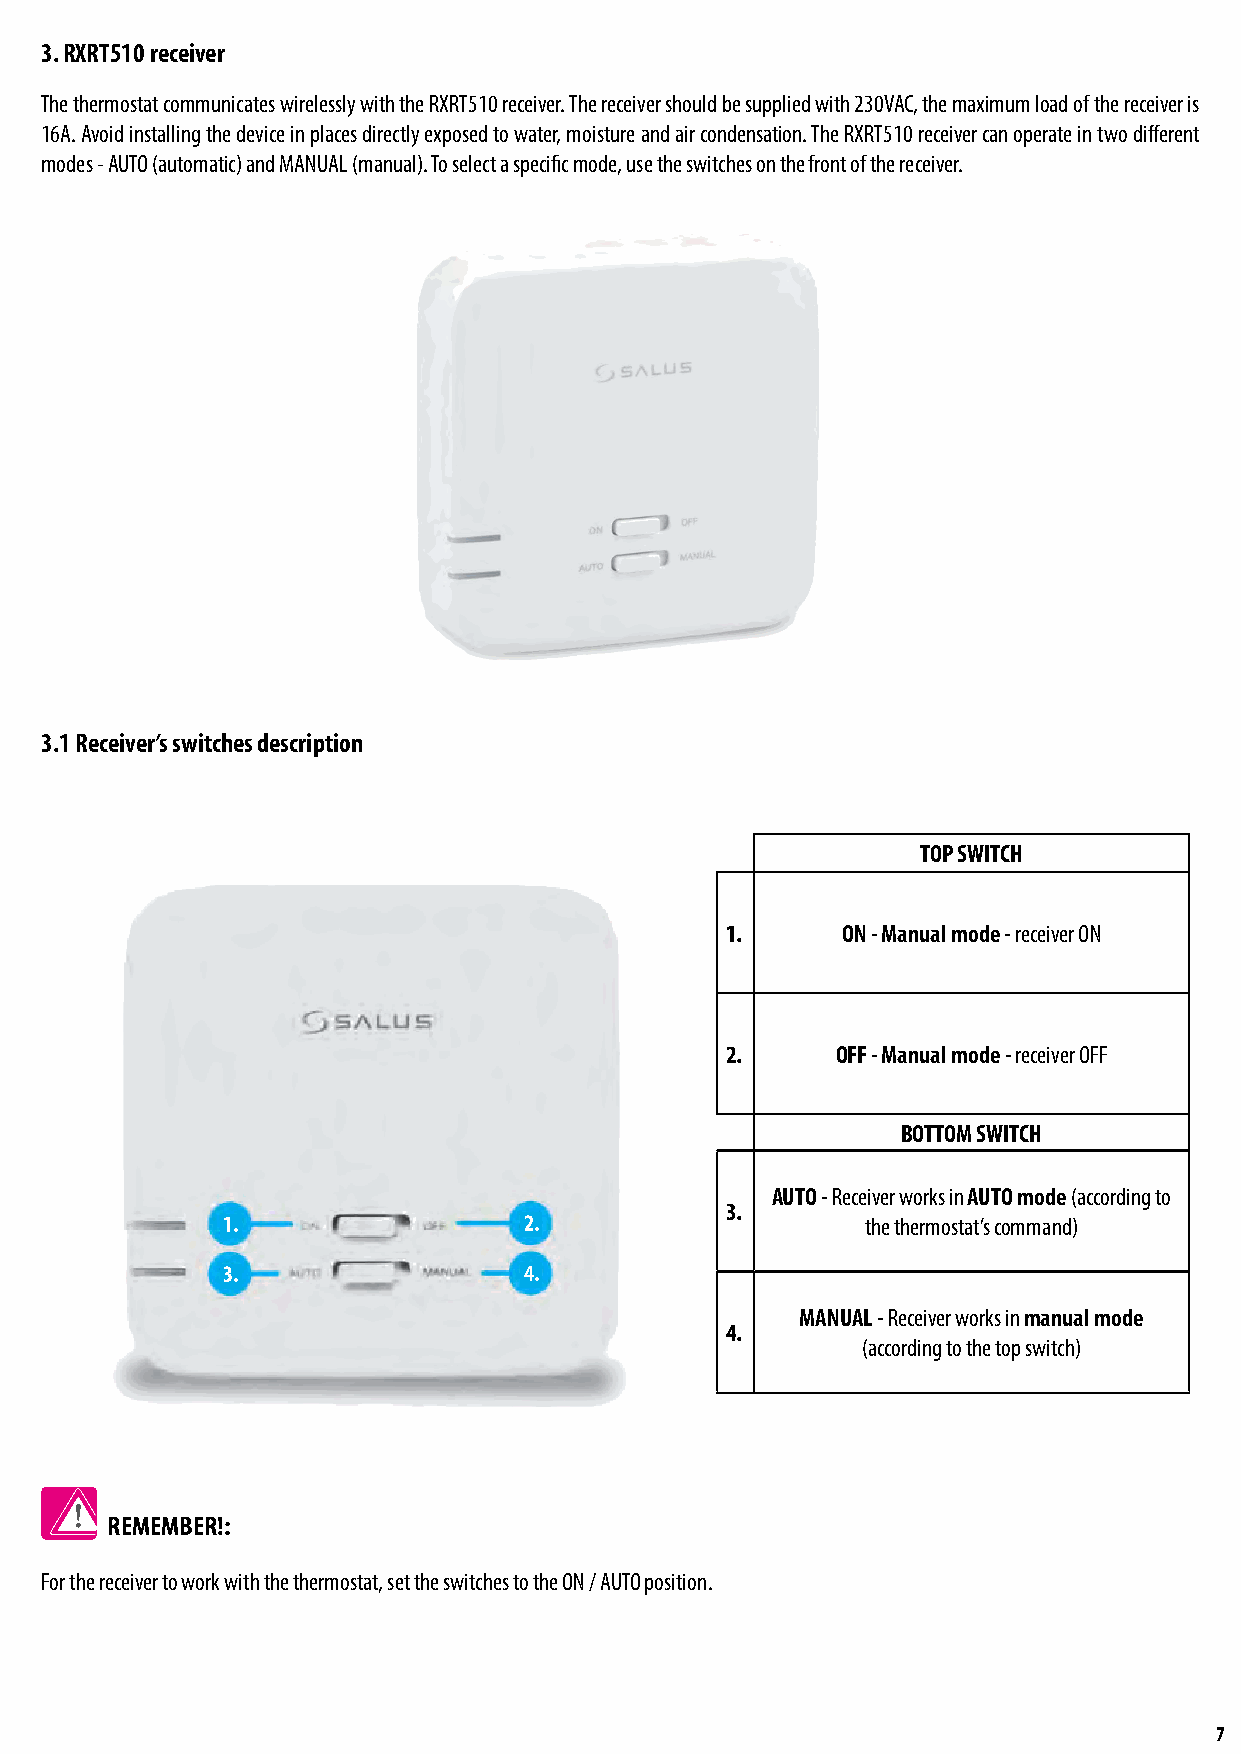
3. RXRT510 receiver
 The thermostat communicates wirelessly with the RXRT510 receiver. The receiver should be supplied with 230VAC, the maximum load of the receiver is
 16A. Avoid installing the device in places directly exposed to water, moisture and air condensation. The RXRT510 receiver can operate in two different
 modes - AUTO (automatic) and MANUAL (manual). To select a specific mode, use the switches on the front of the receiver.
 3.1 Receiver’s switches description
 TOP SWITCH
 1.      ON - Manual mode - receiver ON
 2.     OFF - Manual mode - receiver OFF
 BOTTOM SWITCH
 AUTO - Receiver works in AUTO mode (according to
 3.
 1.                  2.                    the thermostat’s command)
 3.                  4.
 MANUAL - Receiver works in manual mode
 4.
 (according to the top switch)
 REMEMBER!:
 For the receiver to work with the thermostat, set the switches to the ON / AUTO position.
 7